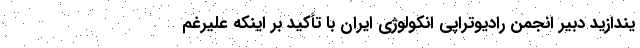
یندازید دبیر انجمن رادیوتراپی انکولوژی ایران با تأکید بر اینکه علیرغم